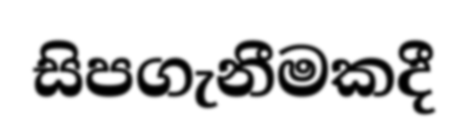
සිපගැනීමකදී